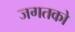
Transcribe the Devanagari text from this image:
जगतको